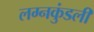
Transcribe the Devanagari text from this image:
लग्नकुंडली